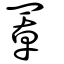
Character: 罩